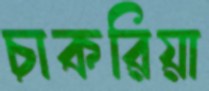
চাকরিয়া